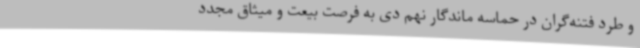
و طرد فتنه‌گران در حماسه‌ ماندگار نهم دی به فرصت بیعت و میثاق مجدد